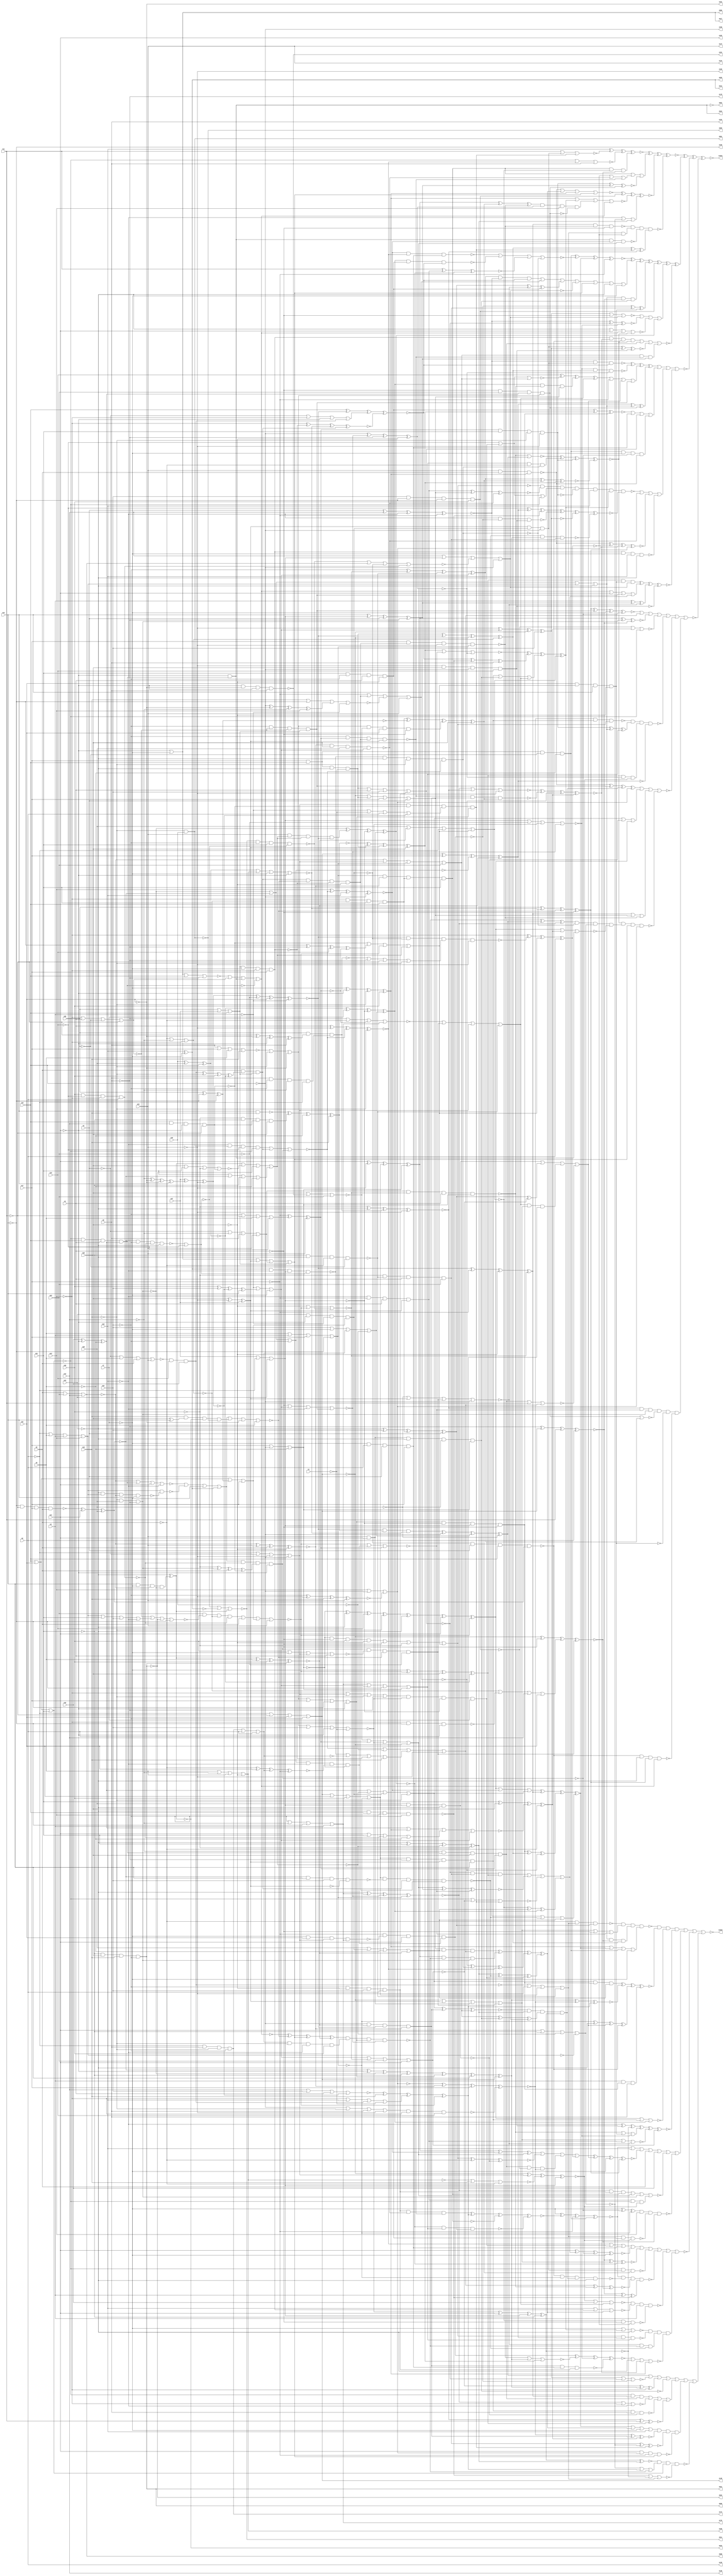
// Benchmark C:\Users\Lucas Nestor\Documents\osu\sp21\esl\circuit_generation\Stats\4_6_generated_stats\Stat_1000_205 written by SynthGen on 2021/04/05 11:08:36
module Stat_1000_205( n1, n2, n3, n4, n5, n6, n7, n8,
 n9, n10, n11, n12, n13, n14, n15, n16,
 n17, n18, n19, n20, n21, n22, n23, n24,
 n25, n26, n27, n28, n29, n30, n31, n32,
 n174, n148, n179, n165, n178, n151, n168, n139,
 n194, n150, n186, n124, n181, n147, n135, n182,
 n601, n613, n610, n611, n598, n608, n623, n605,
 n621, n602, n620, n606, n617, n622, n1031, n1032);

input n1, n2, n3, n4, n5, n6, n7, n8,
 n9, n10, n11, n12, n13, n14, n15, n16,
 n17, n18, n19, n20, n21, n22, n23, n24,
 n25, n26, n27, n28, n29, n30, n31, n32;

output n174, n148, n179, n165, n178, n151, n168, n139,
 n194, n150, n186, n124, n181, n147, n135, n182,
 n601, n613, n610, n611, n598, n608, n623, n605,
 n621, n602, n620, n606, n617, n622, n1031, n1032;

wire n33, n34, n35, n36, n37, n38, n39, n40,
 n41, n42, n43, n44, n45, n46, n47, n48,
 n49, n50, n51, n52, n53, n54, n55, n56,
 n57, n58, n59, n60, n61, n62, n63, n64,
 n65, n66, n67, n68, n69, n70, n71, n72,
 n73, n74, n75, n76, n77, n78, n79, n80,
 n81, n82, n83, n84, n85, n86, n87, n88,
 n89, n90, n91, n92, n93, n94, n95, n96,
 n97, n98, n99, n100, n101, n102, n103, n104,
 n105, n106, n107, n108, n109, n110, n111, n112,
 n113, n114, n115, n116, n117, n118, n119, n120,
 n121, n122, n123, n125, n126, n127, n128, n129,
 n130, n131, n132, n133, n134, n136, n137, n138,
 n140, n141, n142, n143, n144, n145, n146, n149,
 n152, n153, n154, n155, n156, n157, n158, n159,
 n160, n161, n162, n163, n164, n166, n167, n169,
 n170, n171, n172, n173, n175, n176, n177, n180,
 n183, n184, n185, n187, n188, n189, n190, n191,
 n192, n193, n195, n196, n197, n198, n199, n200,
 n201, n202, n203, n204, n205, n206, n207, n208,
 n209, n210, n211, n212, n213, n214, n215, n216,
 n217, n218, n219, n220, n221, n222, n223, n224,
 n225, n226, n227, n228, n229, n230, n231, n232,
 n233, n234, n235, n236, n237, n238, n239, n240,
 n241, n242, n243, n244, n245, n246, n247, n248,
 n249, n250, n251, n252, n253, n254, n255, n256,
 n257, n258, n259, n260, n261, n262, n263, n264,
 n265, n266, n267, n268, n269, n270, n271, n272,
 n273, n274, n275, n276, n277, n278, n279, n280,
 n281, n282, n283, n284, n285, n286, n287, n288,
 n289, n290, n291, n292, n293, n294, n295, n296,
 n297, n298, n299, n300, n301, n302, n303, n304,
 n305, n306, n307, n308, n309, n310, n311, n312,
 n313, n314, n315, n316, n317, n318, n319, n320,
 n321, n322, n323, n324, n325, n326, n327, n328,
 n329, n330, n331, n332, n333, n334, n335, n336,
 n337, n338, n339, n340, n341, n342, n343, n344,
 n345, n346, n347, n348, n349, n350, n351, n352,
 n353, n354, n355, n356, n357, n358, n359, n360,
 n361, n362, n363, n364, n365, n366, n367, n368,
 n369, n370, n371, n372, n373, n374, n375, n376,
 n377, n378, n379, n380, n381, n382, n383, n384,
 n385, n386, n387, n388, n389, n390, n391, n392,
 n393, n394, n395, n396, n397, n398, n399, n400,
 n401, n402, n403, n404, n405, n406, n407, n408,
 n409, n410, n411, n412, n413, n414, n415, n416,
 n417, n418, n419, n420, n421, n422, n423, n424,
 n425, n426, n427, n428, n429, n430, n431, n432,
 n433, n434, n435, n436, n437, n438, n439, n440,
 n441, n442, n443, n444, n445, n446, n447, n448,
 n449, n450, n451, n452, n453, n454, n455, n456,
 n457, n458, n459, n460, n461, n462, n463, n464,
 n465, n466, n467, n468, n469, n470, n471, n472,
 n473, n474, n475, n476, n477, n478, n479, n480,
 n481, n482, n483, n484, n485, n486, n487, n488,
 n489, n490, n491, n492, n493, n494, n495, n496,
 n497, n498, n499, n500, n501, n502, n503, n504,
 n505, n506, n507, n508, n509, n510, n511, n512,
 n513, n514, n515, n516, n517, n518, n519, n520,
 n521, n522, n523, n524, n525, n526, n527, n528,
 n529, n530, n531, n532, n533, n534, n535, n536,
 n537, n538, n539, n540, n541, n542, n543, n544,
 n545, n546, n547, n548, n549, n550, n551, n552,
 n553, n554, n555, n556, n557, n558, n559, n560,
 n561, n562, n563, n564, n565, n566, n567, n568,
 n569, n570, n571, n572, n573, n574, n575, n576,
 n577, n578, n579, n580, n581, n582, n583, n584,
 n585, n586, n587, n588, n589, n590, n591, n592,
 n593, n594, n595, n596, n597, n599, n600, n603,
 n604, n607, n609, n612, n614, n615, n616, n618,
 n619, n624, n625, n626, n627, n628, n629, n630,
 n631, n632, n633, n634, n635, n636, n637, n638,
 n639, n640, n641, n642, n643, n644, n645, n646,
 n647, n648, n649, n650, n651, n652, n653, n654,
 n655, n656, n657, n658, n659, n660, n661, n662,
 n663, n664, n665, n666, n667, n668, n669, n670,
 n671, n672, n673, n674, n675, n676, n677, n678,
 n679, n680, n681, n682, n683, n684, n685, n686,
 n687, n688, n689, n690, n691, n692, n693, n694,
 n695, n696, n697, n698, n699, n700, n701, n702,
 n703, n704, n705, n706, n707, n708, n709, n710,
 n711, n712, n713, n714, n715, n716, n717, n718,
 n719, n720, n721, n722, n723, n724, n725, n726,
 n727, n728, n729, n730, n731, n732, n733, n734,
 n735, n736, n737, n738, n739, n740, n741, n742,
 n743, n744, n745, n746, n747, n748, n749, n750,
 n751, n752, n753, n754, n755, n756, n757, n758,
 n759, n760, n761, n762, n763, n764, n765, n766,
 n767, n768, n769, n770, n771, n772, n773, n774,
 n775, n776, n777, n778, n779, n780, n781, n782,
 n783, n784, n785, n786, n787, n788, n789, n790,
 n791, n792, n793, n794, n795, n796, n797, n798,
 n799, n800, n801, n802, n803, n804, n805, n806,
 n807, n808, n809, n810, n811, n812, n813, n814,
 n815, n816, n817, n818, n819, n820, n821, n822,
 n823, n824, n825, n826, n827, n828, n829, n830,
 n831, n832, n833, n834, n835, n836, n837, n838,
 n839, n840, n841, n842, n843, n844, n845, n846,
 n847, n848, n849, n850, n851, n852, n853, n854,
 n855, n856, n857, n858, n859, n860, n861, n862,
 n863, n864, n865, n866, n867, n868, n869, n870,
 n871, n872, n873, n874, n875, n876, n877, n878,
 n879, n880, n881, n882, n883, n884, n885, n886,
 n887, n888, n889, n890, n891, n892, n893, n894,
 n895, n896, n897, n898, n899, n900, n901, n902,
 n903, n904, n905, n906, n907, n908, n909, n910,
 n911, n912, n913, n914, n915, n916, n917, n918,
 n919, n920, n921, n922, n923, n924, n925, n926,
 n927, n928, n929, n930, n931, n932, n933, n934,
 n935, n936, n937, n938, n939, n940, n941, n942,
 n943, n944, n945, n946, n947, n948, n949, n950,
 n951, n952, n953, n954, n955, n956, n957, n958,
 n959, n960, n961, n962, n963, n964, n965, n966,
 n967, n968, n969, n970, n971, n972, n973, n974,
 n975, n976, n977, n978, n979, n980, n981, n982,
 n983, n984, n985, n986, n987, n988, n989, n990,
 n991, n992, n993, n994, n995, n996, n997, n998,
 n999, n1000, n1001, n1002, n1003, n1004, n1005, n1006,
 n1007, n1008, n1009, n1010, n1011, n1012, n1013, n1014,
 n1015, n1016, n1017, n1018, n1019, n1020, n1021, n1022,
 n1023, n1024, n1025, n1026, n1027, n1028, n1029, n1030;

not  g0 (n87, n14);
buf  g1 (n68, n17);
not  g2 (n103, n14);
not  g3 (n62, n2);
not  g4 (n56, n21);
not  g5 (n34, n20);
buf  g6 (n49, n9);
not  g7 (n53, n20);
not  g8 (n72, n18);
not  g9 (n117, n16);
not  g10 (n40, n6);
buf  g11 (n79, n19);
not  g12 (n71, n21);
not  g13 (n108, n13);
buf  g14 (n69, n9);
buf  g15 (n102, n6);
buf  g16 (n74, n5);
buf  g17 (n38, n8);
buf  g18 (n80, n10);
buf  g19 (n43, n15);
buf  g20 (n41, n13);
buf  g21 (n110, n22);
buf  g22 (n46, n23);
buf  g23 (n115, n11);
not  g24 (n113, n4);
not  g25 (n70, n6);
buf  g26 (n47, n3);
buf  g27 (n109, n4);
not  g28 (n54, n23);
not  g29 (n86, n15);
buf  g30 (n84, n23);
not  g31 (n52, n6);
not  g32 (n101, n7);
not  g33 (n111, n7);
buf  g34 (n104, n21);
not  g35 (n78, n15);
buf  g36 (n100, n17);
not  g37 (n37, n11);
buf  g38 (n67, n8);
buf  g39 (n61, n15);
not  g40 (n94, n17);
not  g41 (n95, n9);
not  g42 (n96, n5);
not  g43 (n57, n12);
not  g44 (n90, n24);
not  g45 (n33, n9);
not  g46 (n58, n13);
buf  g47 (n98, n22);
buf  g48 (n83, n19);
not  g49 (n92, n20);
buf  g50 (n105, n5);
buf  g51 (n35, n10);
not  g52 (n114, n16);
not  g53 (n44, n10);
buf  g54 (n75, n23);
not  g55 (n89, n7);
buf  g56 (n76, n17);
buf  g57 (n106, n12);
not  g58 (n59, n14);
not  g59 (n107, n4);
not  g60 (n55, n11);
buf  g61 (n60, n18);
buf  g62 (n42, n18);
not  g63 (n77, n19);
not  g64 (n88, n1);
buf  g65 (n39, n21);
not  g66 (n66, n12);
not  g67 (n64, n14);
not  g68 (n48, n22);
not  g69 (n91, n11);
buf  g70 (n45, n4);
buf  g71 (n51, n8);
not  g72 (n85, n24);
not  g73 (n93, n8);
buf  g74 (n63, n13);
not  g75 (n116, n10);
not  g76 (n81, n16);
not  g77 (n73, n19);
not  g78 (n112, n20);
not  g79 (n65, n22);
buf  g80 (n36, n5);
buf  g81 (n97, n7);
buf  g82 (n82, n12);
buf  g83 (n99, n16);
not  g84 (n50, n18);
not  g85 (n168, n63);
not  g86 (n165, n75);
buf  g87 (n150, n73);
buf  g88 (n123, n72);
not  g89 (n185, n56);
buf  g90 (n162, n48);
buf  g91 (n158, n56);
buf  g92 (n147, n46);
not  g93 (n166, n53);
buf  g94 (n181, n56);
not  g95 (n132, n65);
not  g96 (n159, n68);
buf  g97 (n167, n54);
not  g98 (n155, n41);
buf  g99 (n153, n59);
not  g100 (n136, n75);
not  g101 (n143, n52);
not  g102 (n175, n63);
not  g103 (n188, n53);
buf  g104 (n193, n63);
not  g105 (n157, n74);
buf  g106 (n196, n62);
buf  g107 (n137, n53);
buf  g108 (n124, n75);
not  g109 (n141, n64);
not  g110 (n135, n70);
buf  g111 (n133, n61);
not  g112 (n118, n55);
not  g113 (n179, n67);
buf  g114 (n160, n68);
buf  g115 (n119, n42);
buf  g116 (n184, n50);
buf  g117 (n134, n74);
buf  g118 (n126, n35);
buf  g119 (n120, n53);
not  g120 (n163, n61);
not  g121 (n170, n77);
buf  g122 (n194, n67);
not  g123 (n145, n70);
not  g124 (n177, n45);
not  g125 (n142, n46);
buf  g126 (n169, n57);
not  g127 (n139, n57);
buf  g128 (n171, n50);
buf  g129 (n195, n36);
not  g130 (n154, n49);
buf  g131 (n122, n50);
buf  g132 (n149, n52);
not  g133 (n173, n61);
buf  g134 (n144, n76);
not  g135 (n176, n64);
buf  g136 (n183, n47);
buf  g137 (n131, n59);
buf  g138 (n191, n72);
not  g139 (n182, n59);
buf  g140 (n121, n60);
buf  g141 (n125, n50);
not  g142 (n129, n60);
buf  g143 (n128, n58);
nand g144 (n192, n58, n55, n76, n74);
nor  g145 (n146, n40, n62, n54, n77);
or   g146 (n127, n73, n72, n51, n54);
and  g147 (n172, n51, n65, n57, n70);
nor  g148 (n164, n62, n66, n67, n46);
or   g149 (n180, n65, n37, n69, n44);
and  g150 (n174, n70, n51, n72, n65);
nor  g151 (n189, n62, n49, n74, n46);
or   g152 (n156, n68, n68, n73, n33);
or   g153 (n148, n52, n55, n39, n48);
nand g154 (n151, n59, n71, n64, n38);
nor  g155 (n152, n49, n47, n76, n58);
xor  g156 (n161, n73, n71, n66, n43);
xnor g157 (n190, n48, n54, n60, n75);
or   g158 (n178, n48, n66, n58, n47);
nor  g159 (n187, n67, n76, n69, n60);
xor  g160 (n130, n57, n71, n56, n63);
or   g161 (n186, n49, n66, n69, n34);
nor  g162 (n138, n52, n69, n47, n61);
xor  g163 (n140, n55, n71, n64, n51);
not  g164 (n217, n162);
buf  g165 (n212, n28);
not  g166 (n221, n29);
buf  g167 (n199, n79);
not  g168 (n252, n158);
buf  g169 (n232, n25);
not  g170 (n234, n194);
buf  g171 (n229, n79);
not  g172 (n250, n177);
not  g173 (n254, n129);
not  g174 (n211, n182);
buf  g175 (n264, n178);
not  g176 (n244, n146);
buf  g177 (n240, n30);
buf  g178 (n262, n148);
not  g179 (n245, n77);
not  g180 (n243, n183);
not  g181 (n201, n153);
buf  g182 (n270, n125);
buf  g183 (n225, n144);
not  g184 (n215, n124);
not  g185 (n213, n136);
buf  g186 (n220, n163);
buf  g187 (n228, n152);
not  g188 (n236, n128);
not  g189 (n266, n195);
buf  g190 (n202, n137);
buf  g191 (n198, n150);
not  g192 (n257, n26);
buf  g193 (n261, n78);
buf  g194 (n248, n196);
not  g195 (n241, n142);
buf  g196 (n223, n30);
buf  g197 (n269, n191);
not  g198 (n230, n31);
not  g199 (n226, n186);
buf  g200 (n246, n30);
not  g201 (n216, n24);
buf  g202 (n203, n161);
buf  g203 (n222, n176);
buf  g204 (n204, n138);
buf  g205 (n206, n31);
buf  g206 (n259, n25);
buf  g207 (n210, n30);
buf  g208 (n209, n78);
not  g209 (n238, n193);
buf  g210 (n251, n132);
not  g211 (n258, n80);
not  g212 (n242, n31);
buf  g213 (n205, n164);
buf  g214 (n208, n160);
not  g215 (n255, n156);
or   g216 (n263, n174, n135, n143);
nor  g217 (n227, n26, n27, n79);
nand g218 (n197, n78, n175, n145);
or   g219 (n267, n187, n184, n181);
nor  g220 (n256, n170, n185, n31);
xnor g221 (n268, n192, n141, n28);
and  g222 (n249, n189, n126, n32);
nand g223 (n200, n127, n78, n80);
xor  g224 (n218, n26, n155, n168);
and  g225 (n207, n171, n29);
xnor g226 (n237, n159, n180, n147);
nor  g227 (n239, n134, n25, n139);
or   g228 (n224, n133, n77, n190);
xnor g229 (n253, n29, n28, n79);
xnor g230 (n260, n27, n130, n165);
nand g231 (n219, n26, n140, n172);
xnor g232 (n233, n166, n167, n27);
nor  g233 (n247, n157, n169, n173);
nand g234 (n235, n123, n28, n179);
xor  g235 (n231, n32, n131, n154);
nor  g236 (n265, n27, n149, n24);
nor  g237 (n214, n188, n151, n25);
not  g238 (n438, n99);
buf  g239 (n393, n253);
not  g240 (n428, n98);
buf  g241 (n374, n242);
not  g242 (n408, n236);
not  g243 (n354, n248);
buf  g244 (n353, n229);
not  g245 (n467, n84);
buf  g246 (n497, n90);
buf  g247 (n361, n234);
buf  g248 (n494, n101);
not  g249 (n462, n199);
not  g250 (n471, n94);
buf  g251 (n477, n222);
not  g252 (n420, n208);
buf  g253 (n454, n234);
not  g254 (n280, n235);
not  g255 (n401, n97);
not  g256 (n434, n86);
buf  g257 (n414, n109);
not  g258 (n271, n227);
buf  g259 (n491, n228);
buf  g260 (n440, n264);
buf  g261 (n368, n250);
buf  g262 (n415, n200);
not  g263 (n444, n242);
not  g264 (n395, n84);
not  g265 (n335, n253);
buf  g266 (n442, n95);
not  g267 (n389, n224);
not  g268 (n383, n229);
buf  g269 (n480, n102);
not  g270 (n476, n233);
buf  g271 (n326, n105);
not  g272 (n288, n81);
buf  g273 (n452, n198);
buf  g274 (n427, n202);
not  g275 (n329, n226);
not  g276 (n364, n82);
not  g277 (n313, n104);
buf  g278 (n423, n241);
not  g279 (n449, n262);
not  g280 (n277, n243);
buf  g281 (n330, n209);
not  g282 (n299, n242);
buf  g283 (n404, n245);
buf  g284 (n490, n99);
not  g285 (n387, n109);
buf  g286 (n338, n213);
not  g287 (n465, n262);
buf  g288 (n334, n241);
buf  g289 (n390, n99);
not  g290 (n314, n251);
not  g291 (n296, n239);
buf  g292 (n429, n231);
buf  g293 (n402, n259);
not  g294 (n397, n248);
not  g295 (n304, n207);
not  g296 (n370, n270);
not  g297 (n424, n106);
buf  g298 (n305, n256);
not  g299 (n486, n110);
not  g300 (n351, n239);
not  g301 (n275, n243);
buf  g302 (n413, n266);
buf  g303 (n483, n265);
not  g304 (n484, n255);
not  g305 (n380, n218);
not  g306 (n410, n101);
buf  g307 (n306, n85);
not  g308 (n436, n232);
not  g309 (n391, n211);
buf  g310 (n367, n230);
not  g311 (n324, n254);
not  g312 (n307, n265);
buf  g313 (n319, n232);
not  g314 (n336, n257);
not  g315 (n388, n219);
buf  g316 (n282, n103);
not  g317 (n355, n263);
not  g318 (n312, n233);
buf  g319 (n430, n264);
not  g320 (n488, n100);
not  g321 (n362, n237);
not  g322 (n448, n233);
buf  g323 (n371, n214);
buf  g324 (n341, n261);
buf  g325 (n495, n90);
buf  g326 (n392, n221);
not  g327 (n381, n258);
buf  g328 (n283, n93);
buf  g329 (n363, n252);
buf  g330 (n350, n241);
not  g331 (n375, n87);
not  g332 (n399, n208);
not  g333 (n287, n206);
buf  g334 (n366, n239);
not  g335 (n333, n260);
not  g336 (n411, n247);
not  g337 (n400, n228);
buf  g338 (n455, n110);
buf  g339 (n479, n244);
not  g340 (n281, n96);
buf  g341 (n446, n94);
not  g342 (n472, n265);
not  g343 (n365, n213);
buf  g344 (n290, n254);
not  g345 (n273, n204);
buf  g346 (n496, n224);
buf  g347 (n426, n106);
buf  g348 (n403, n204);
buf  g349 (n385, n86);
not  g350 (n372, n229);
buf  g351 (n318, n247);
not  g352 (n422, n249);
not  g353 (n456, n230);
buf  g354 (n379, n253);
not  g355 (n396, n102);
not  g356 (n492, n103);
buf  g357 (n487, n109);
buf  g358 (n441, n106);
not  g359 (n316, n205);
not  g360 (n382, n108);
not  g361 (n289, n92);
buf  g362 (n322, n232);
not  g363 (n278, n251);
buf  g364 (n466, n212);
buf  g365 (n356, n100);
not  g366 (n418, n261);
buf  g367 (n344, n97);
not  g368 (n447, n84);
buf  g369 (n272, n268);
not  g370 (n464, n265);
not  g371 (n274, n89);
buf  g372 (n310, n108);
buf  g373 (n470, n270);
buf  g374 (n332, n105);
not  g375 (n433, n223);
buf  g376 (n352, n215);
not  g377 (n419, n89);
buf  g378 (n405, n106);
not  g379 (n317, n227);
buf  g380 (n417, n215);
not  g381 (n302, n235);
not  g382 (n489, n97);
not  g383 (n345, n232);
buf  g384 (n359, n110);
buf  g385 (n386, n259);
buf  g386 (n327, n246);
not  g387 (n321, n95);
buf  g388 (n349, n255);
not  g389 (n279, n86);
not  g390 (n340, n268);
not  g391 (n298, n85);
buf  g392 (n377, n81);
not  g393 (n445, n91);
not  g394 (n308, n217);
not  g395 (n478, n248);
buf  g396 (n421, n235);
buf  g397 (n301, n107);
not  g398 (n431, n230);
not  g399 (n311, n269);
not  g400 (n407, n205);
buf  g401 (n451, n262);
buf  g402 (n343, n105);
buf  g403 (n463, n236);
buf  g404 (n291, n210);
buf  g405 (n346, n231);
not  g406 (n315, n266);
not  g407 (n384, n97);
not  g408 (n457, n212);
buf  g409 (n303, n258);
not  g410 (n460, n240);
not  g411 (n328, n85);
not  g412 (n453, n228);
not  g413 (n450, n92);
buf  g414 (n300, n95);
not  g415 (n323, n94);
buf  g416 (n295, n201);
buf  g417 (n376, n259);
not  g418 (n475, n237);
buf  g419 (n294, n256);
buf  g420 (n468, n216);
buf  g421 (n412, n245);
not  g422 (n276, n108);
buf  g423 (n409, n90);
and  g424 (n459, n84, n222);
nor  g425 (n439, n82, n98, n250, n260);
nand g426 (n432, n268, n236, n251, n233);
nand g427 (n284, n107, n259, n231, n267);
xor  g428 (n378, n255, n85, n80, n269);
nor  g429 (n360, n226, n254, n266);
and  g430 (n493, n100, n245, n257, n95);
and  g431 (n297, n83, n82, n87, n91);
and  g432 (n425, n255, n107, n240, n92);
nand g433 (n285, n98, n108, n238, n223);
nor  g434 (n416, n234, n96, n237, n264);
nor  g435 (n320, n104, n245, n218, n225);
xnor g436 (n481, n239, n241, n105, n92);
xnor g437 (n342, n96, n104, n263, n94);
or   g438 (n293, n261, n250, n257, n91);
or   g439 (n461, n98, n89, n263, n221);
xor  g440 (n325, n249, n269, n246, n253);
and  g441 (n485, n100, n83, n90, n88);
or   g442 (n443, n209, n99, n249, n88);
xor  g443 (n398, n268, n87, n235, n230);
and  g444 (n358, n263, n270, n81, n210);
or   g445 (n339, n219, n93, n91, n270);
or   g446 (n394, n248, n261, n211, n249);
nor  g447 (n406, n254, n238, n203, n243);
or   g448 (n482, n267, n225, n238, n103);
and  g449 (n458, n220, n247, n206, n229);
xor  g450 (n331, n246, n217, n260, n236);
or   g451 (n357, n247, n197, n82, n252);
nand g452 (n369, n101, n252, n244, n264);
and  g453 (n337, n81, n207, n258, n256);
and  g454 (n435, n267, n214, n252, n107);
nor  g455 (n473, n267, n251, n87, n88);
nor  g456 (n347, n240, n101, n244, n109);
or   g457 (n437, n220, n244, n269, n93);
nand g458 (n292, n256, n83, n250, n231);
or   g459 (n373, n243, n88, n102, n260);
nor  g460 (n309, n103, n89, n83, n234);
or   g461 (n474, n262, n104, n240, n228);
nand g462 (n469, n242, n216, n96, n257);
xor  g463 (n348, n238, n93, n80, n237);
and  g464 (n286, n246, n258, n86, n102);
buf  g465 (n527, n275);
not  g466 (n511, n291);
buf  g467 (n528, n285);
not  g468 (n522, n283);
buf  g469 (n512, n300);
not  g470 (n521, n279);
buf  g471 (n506, n293);
buf  g472 (n513, n276);
buf  g473 (n504, n278);
not  g474 (n499, n286);
not  g475 (n516, n296);
buf  g476 (n503, n290);
not  g477 (n523, n284);
not  g478 (n520, n274);
buf  g479 (n517, n271);
not  g480 (n500, n280);
not  g481 (n507, n287);
not  g482 (n501, n298);
buf  g483 (n519, n282);
not  g484 (n518, n277);
not  g485 (n505, n288);
buf  g486 (n515, n289);
buf  g487 (n526, n302);
buf  g488 (n508, n297);
not  g489 (n525, n281);
not  g490 (n498, n292);
buf  g491 (n509, n272);
buf  g492 (n524, n294);
buf  g493 (n502, n273);
not  g494 (n514, n299);
buf  g495 (n529, n301);
buf  g496 (n510, n295);
not  g497 (n566, n501);
not  g498 (n558, n514);
buf  g499 (n559, n506);
buf  g500 (n544, n505);
not  g501 (n569, n499);
buf  g502 (n568, n498);
not  g503 (n563, n508);
not  g504 (n545, n508);
buf  g505 (n553, n511);
not  g506 (n530, n498);
not  g507 (n540, n512);
not  g508 (n531, n506);
not  g509 (n535, n502);
not  g510 (n561, n506);
buf  g511 (n549, n111);
buf  g512 (n552, n499);
buf  g513 (n536, n512);
buf  g514 (n541, n510);
not  g515 (n548, n506);
not  g516 (n550, n511);
buf  g517 (n538, n505);
buf  g518 (n537, n510);
buf  g519 (n560, n503);
not  g520 (n554, n498);
buf  g521 (n567, n503);
not  g522 (n562, n500);
nand g523 (n556, n513, n503);
xor  g524 (n557, n515, n513);
and  g525 (n555, n511, n514, n508, n515);
or   g526 (n534, n515, n507, n511, n508);
or   g527 (n547, n502, n507, n110, n505);
nor  g528 (n533, n500, n509, n502, n501);
nor  g529 (n564, n516, n498, n510, n505);
or   g530 (n546, n507, n509, n514, n512);
or   g531 (n565, n510, n507, n499, n512);
or   g532 (n551, n509, n500, n504);
nand g533 (n539, n501, n502, n516, n513);
nand g534 (n543, n509, n504, n499, n501);
nand g535 (n542, n513, n111, n516, n500);
nand g536 (n532, n514, n515, n503, n504);
not  g537 (n570, n542);
buf  g538 (n578, n532);
buf  g539 (n583, n531);
not  g540 (n575, n535);
not  g541 (n572, n530);
not  g542 (n584, n536);
not  g543 (n574, n541);
not  g544 (n571, n537);
buf  g545 (n573, n543);
not  g546 (n576, n533);
not  g547 (n585, n534);
buf  g548 (n579, n539);
buf  g549 (n581, n545);
buf  g550 (n582, n544);
not  g551 (n580, n540);
not  g552 (n577, n538);
buf  g553 (n587, n304);
buf  g554 (n594, n576);
buf  g555 (n595, n305);
not  g556 (n588, n578);
nor  g557 (n591, n573, n303);
xor  g558 (n589, n306, n570);
and  g559 (n593, n571, n572);
and  g560 (n586, n575, n579);
xnor g561 (n592, n577, n111);
nor  g562 (n590, n574, n111);
not  g563 (n608, n516);
not  g564 (n599, n590);
not  g565 (n613, n592);
not  g566 (n612, n588);
not  g567 (n601, n587);
not  g568 (n606, n590);
buf  g569 (n609, n587);
not  g570 (n617, n590);
buf  g571 (n623, n593);
not  g572 (n596, n591);
not  g573 (n610, n589);
buf  g574 (n598, n588);
buf  g575 (n614, n589);
not  g576 (n615, n586);
buf  g577 (n604, n586);
not  g578 (n616, n591);
not  g579 (n620, n592);
buf  g580 (n619, n589);
not  g581 (n602, n593);
buf  g582 (n618, n587);
buf  g583 (n605, n587);
not  g584 (n622, n588);
buf  g585 (n624, n517);
buf  g586 (n625, n591);
not  g587 (n597, n590);
buf  g588 (n621, n588);
buf  g589 (n603, n586);
buf  g590 (n607, n586);
buf  g591 (n600, n592);
nor  g592 (n611, n591, n592, n589);
buf  g593 (n631, n313);
buf  g594 (n637, n551);
buf  g595 (n629, n552);
buf  g596 (n636, n563);
or   g597 (n630, n564, n615, n549, n613);
and  g598 (n627, n311, n557, n610, n618);
or   g599 (n632, n619, n585, n622, n546);
xor  g600 (n634, n556, n555, n580, n560);
nand g601 (n638, n620, n582, n307, n616);
xor  g602 (n628, n553, n562, n315, n581);
or   g603 (n635, n617, n312, n316, n317);
and  g604 (n633, n314, n561, n548, n624);
nor  g605 (n626, n583, n547, n612, n310);
xnor g606 (n640, n614, n584, n550, n621);
nor  g607 (n639, n309, n559, n623, n554);
nand g608 (n641, n611, n308, n558, n625);
not  g609 (n644, n631);
buf  g610 (n647, n630);
buf  g611 (n643, n629);
buf  g612 (n650, n628);
buf  g613 (n649, n323);
buf  g614 (n646, n632);
not  g615 (n651, n320);
not  g616 (n642, n322);
and  g617 (n645, n319, n626, n318, n629);
or   g618 (n648, n630, n627, n631, n321);
not  g619 (n661, n648);
buf  g620 (n654, n646);
nor  g621 (n653, n645, n326, n651, n334);
xnor g622 (n656, n333, n642, n644, n518);
and  g623 (n657, n332, n325, n517);
nor  g624 (n655, n335, n329, n520, n519);
nand g625 (n652, n328, n519, n518, n651);
and  g626 (n658, n647, n643, n650, n519);
or   g627 (n660, n518, n518, n331, n520);
xor  g628 (n662, n520, n519, n324, n327);
nand g629 (n659, n517, n520, n330, n649);
buf  g630 (n667, n638);
buf  g631 (n673, n568);
buf  g632 (n702, n633);
not  g633 (n697, n659);
not  g634 (n703, n344);
not  g635 (n688, n566);
not  g636 (n704, n639);
buf  g637 (n666, n113);
buf  g638 (n680, n657);
buf  g639 (n699, n662);
buf  g640 (n692, n656);
buf  g641 (n690, n653);
not  g642 (n681, n654);
not  g643 (n685, n112);
buf  g644 (n686, n112);
buf  g645 (n678, n654);
not  g646 (n689, n652);
not  g647 (n705, n658);
buf  g648 (n693, n660);
buf  g649 (n683, n640);
buf  g650 (n675, n113);
not  g651 (n665, n637);
buf  g652 (n677, n660);
buf  g653 (n701, n635);
not  g654 (n679, n634);
buf  g655 (n663, n636);
and  g656 (n695, n658, n347, n661, n345);
nand g657 (n698, n338, n343, n662);
nor  g658 (n694, n112, n653, n641);
xor  g659 (n669, n639, n661, n635, n640);
or   g660 (n691, n636, n348, n653, n654);
nand g661 (n706, n652, n354, n353, n340);
nand g662 (n676, n656, n652, n339, n352);
nor  g663 (n664, n641, n351, n652, n569);
xnor g664 (n671, n341, n659, n655, n657);
and  g665 (n672, n656, n634, n655);
and  g666 (n682, n637, n114, n342, n349);
nor  g667 (n696, n337, n657, n658);
and  g668 (n670, n350, n654, n632, n656);
or   g669 (n668, n638, n355, n659, n567);
nor  g670 (n674, n346, n662, n565, n660);
xor  g671 (n700, n336, n655, n661, n113);
nor  g672 (n684, n113, n660, n114, n633);
and  g673 (n687, n657, n661, n659, n112);
nor  g674 (n747, n464, n436, n473, n684);
and  g675 (n744, n474, n454, n448, n463);
xnor g676 (n746, n389, n481, n356, n415);
and  g677 (n728, n467, n685, n452, n381);
and  g678 (n709, n453, n481, n458, n444);
and  g679 (n754, n479, n663, n373, n482);
xor  g680 (n712, n486, n694, n469, n693);
and  g681 (n742, n363, n691, n382, n686);
xor  g682 (n768, n688, n455, n458, n478);
nor  g683 (n745, n457, n476, n695, n452);
nand g684 (n753, n481, n685, n466, n693);
and  g685 (n740, n372, n683, n692, n481);
nor  g686 (n785, n446, n687, n406, n423);
or   g687 (n711, n429, n681, n689, n470);
nor  g688 (n765, n485, n487, n455, n365);
and  g689 (n735, n433, n469, n487, n402);
xor  g690 (n770, n439, n370, n443, n690);
xnor g691 (n707, n412, n692, n394, n671);
or   g692 (n763, n366, n479, n453, n386);
xor  g693 (n760, n692, n420, n427, n694);
nand g694 (n714, n688, n404, n418, n486);
and  g695 (n773, n459, n688, n457, n484);
and  g696 (n741, n424, n673, n685, n475);
or   g697 (n776, n422, n395, n474, n469);
or   g698 (n772, n466, n689, n442, n683);
or   g699 (n736, n425, n387, n460, n691);
xor  g700 (n748, n447, n693, n465, n455);
xnor g701 (n771, n397, n441, n377, n446);
and  g702 (n758, n362, n456, n470, n467);
nor  g703 (n780, n693, n694, n376, n477);
or   g704 (n775, n449, n476, n459, n695);
xnor g705 (n731, n385, n676, n691, n480);
xor  g706 (n730, n485, n692, n465, n411);
or   g707 (n749, n465, n485, n471, n478);
xor  g708 (n743, n468, n456, n681, n460);
nand g709 (n764, n407, n694, n487, n484);
xor  g710 (n724, n431, n450, n674, n413);
and  g711 (n729, n438, n446, n368, n448);
xor  g712 (n738, n393, n419, n483, n461);
xor  g713 (n786, n375, n447, n474, n484);
xor  g714 (n727, n401, n690, n450, n379);
nand g715 (n719, n471, n687, n417, n400);
or   g716 (n721, n440, n677, n408, n484);
xnor g717 (n722, n460, n468, n388, n467);
nand g718 (n732, n466, n472, n688);
xnor g719 (n781, n434, n696, n390, n462);
nand g720 (n774, n474, n432, n680, n687);
xnor g721 (n710, n462, n684, n454, n686);
and  g722 (n769, n384, n480, n478, n471);
nor  g723 (n756, n466, n683, n396, n691);
or   g724 (n761, n416, n695, n479, n469);
xnor g725 (n708, n409, n430, n684, n453);
xor  g726 (n767, n398, n482, n463, n451);
xnor g727 (n726, n454, n451, n445, n480);
xnor g728 (n750, n449, n479, n360, n472);
nor  g729 (n762, n477, n374, n681, n403);
or   g730 (n725, n696, n392, n668, n447);
and  g731 (n733, n486, n686, n359, n480);
xor  g732 (n766, n378, n468, n391, n690);
xnor g733 (n720, n421, n670, n483, n459);
or   g734 (n734, n426, n364, n461, n678);
nand g735 (n784, n399, n369, n477, n682);
xor  g736 (n715, n451, n471, n665, n683);
xnor g737 (n752, n465, n666, n357, n695);
and  g738 (n723, n667, n468, n470, n696);
nand g739 (n779, n669, n358, n482, n684);
nor  g740 (n759, n690, n682, n475);
xnor g741 (n777, n414, n467, n696, n470);
xor  g742 (n782, n458, n380, n435, n685);
or   g743 (n718, n371, n475, n473, n449);
xor  g744 (n755, n672, n452, n461, n457);
xor  g745 (n713, n463, n464, n478, n361);
and  g746 (n739, n448, n689, n383);
and  g747 (n737, n456, n428, n487, n686);
xnor g748 (n716, n473, n477, n464, n367);
or   g749 (n751, n405, n464, n664, n462);
and  g750 (n783, n482, n483, n472, n675);
xor  g751 (n717, n679, n476, n485, n450);
and  g752 (n778, n437, n473, n483, n410);
nand g753 (n757, n486, n475, n687, n476);
buf  g754 (n842, n758);
not  g755 (n906, n114);
not  g756 (n797, n723);
not  g757 (n942, n728);
buf  g758 (n795, n747);
buf  g759 (n863, n725);
not  g760 (n798, n785);
not  g761 (n843, n523);
not  g762 (n883, n117);
not  g763 (n933, n715);
not  g764 (n849, n716);
not  g765 (n817, n521);
buf  g766 (n917, n527);
buf  g767 (n877, n769);
buf  g768 (n929, n741);
not  g769 (n836, n731);
not  g770 (n846, n784);
not  g771 (n810, n732);
not  g772 (n901, n720);
not  g773 (n946, n528);
not  g774 (n805, n762);
not  g775 (n879, n521);
not  g776 (n923, n773);
not  g777 (n804, n710);
not  g778 (n918, n595);
not  g779 (n889, n528);
buf  g780 (n848, n760);
buf  g781 (n945, n753);
not  g782 (n893, n525);
not  g783 (n847, n758);
not  g784 (n818, n748);
not  g785 (n807, n723);
buf  g786 (n854, n785);
not  g787 (n834, n756);
buf  g788 (n788, n770);
not  g789 (n868, n765);
not  g790 (n808, n116);
buf  g791 (n799, n761);
not  g792 (n900, n734);
buf  g793 (n855, n724);
buf  g794 (n878, n709);
buf  g795 (n902, n718);
not  g796 (n895, n780);
not  g797 (n794, n751);
buf  g798 (n914, n752);
not  g799 (n845, n736);
not  g800 (n894, n742);
buf  g801 (n857, n743);
not  g802 (n821, n709);
buf  g803 (n884, n755);
buf  g804 (n861, n526);
nor  g805 (n856, n766, n724, n593);
nand g806 (n882, n747, n730, n710);
xnor g807 (n787, n736, n525, n732);
nor  g808 (n947, n766, n744, n738);
nor  g809 (n791, n708, n722, n733);
nor  g810 (n892, n748, n765, n784);
xor  g811 (n824, n779, n755, n708);
xnor g812 (n871, n786, n526, n726);
xor  g813 (n819, n786, n782, n719);
xnor g814 (n922, n716, n734, n743);
nor  g815 (n872, n748, n529, n751);
and  g816 (n812, n712, n771, n707);
and  g817 (n909, n711, n783, n772);
nand g818 (n809, n774, n767, n735);
nor  g819 (n875, n714, n716, n776);
and  g820 (n865, n594, n726, n773);
xnor g821 (n858, n768, n780, n734);
xnor g822 (n935, n725, n764, n752);
xor  g823 (n938, n715, n594, n523);
nand g824 (n862, n760, n719, n529);
and  g825 (n851, n786, n779, n526);
nand g826 (n801, n738, n737, n707);
and  g827 (n860, n763, n757, n713);
nor  g828 (n832, n778, n116, n763);
and  g829 (n925, n729, n524, n750);
xor  g830 (n880, n780, n767, n521);
xnor g831 (n859, n739, n748, n728);
xnor g832 (n790, n718, n713, n759);
or   g833 (n850, n766, n781, n711);
xnor g834 (n939, n735, n762, n754);
or   g835 (n853, n744, n773, n761);
or   g836 (n913, n711, n732, n766);
xnor g837 (n800, n115, n729, n720);
nand g838 (n873, n746, n744, n736);
and  g839 (n911, n708, n733, n709);
and  g840 (n813, n741, n528, n746);
and  g841 (n910, n727, n742, n751);
nor  g842 (n874, n750, n32, n761);
or   g843 (n932, n760, n749, n719);
xor  g844 (n915, n117, n728, n716);
nor  g845 (n830, n764, n755);
nand g846 (n891, n771, n739, n707);
or   g847 (n931, n731, n753, n757);
xnor g848 (n890, n722, n115, n727);
nor  g849 (n886, n115, n739, n754);
and  g850 (n927, n594, n752, n730);
xor  g851 (n803, n743, n774, n778);
xor  g852 (n814, n785, n723, n777);
and  g853 (n820, n721, n525, n723);
or   g854 (n904, n775, n529, n759);
xor  g855 (n796, n763, n773, n751);
and  g856 (n816, n749, n772, n725);
nand g857 (n869, n744, n522, n732);
or   g858 (n907, n117, n762, n743);
xor  g859 (n888, n730, n754, n722);
xor  g860 (n827, n756, n772, n738);
xor  g861 (n792, n786, n781, n718);
xnor g862 (n941, n726, n775, n720);
nor  g863 (n898, n775, n729, n745);
or   g864 (n839, n771, n774, n772);
nand g865 (n815, n720, n721, n768);
xnor g866 (n885, n767, n746, n770);
and  g867 (n934, n595, n760, n741);
nor  g868 (n829, n717, n759, n710);
xor  g869 (n823, n768, n745, n737);
nor  g870 (n926, n528, n724, n524);
nand g871 (n806, n781, n777, n769);
nand g872 (n930, n776, n737, n750);
xor  g873 (n887, n758, n594, n721);
or   g874 (n905, n764, n742, n747);
nor  g875 (n825, n741, n115, n725);
and  g876 (n896, n527, n783, n522);
nor  g877 (n940, n708, n521, n117);
and  g878 (n936, n722, n759, n526);
and  g879 (n833, n761, n775, n770);
nand g880 (n919, n595, n739, n782);
xnor g881 (n944, n758, n713, n523);
nand g882 (n831, n740, n769, n733);
and  g883 (n876, n745, n779, n774);
nand g884 (n864, n756, n529, n731);
xnor g885 (n943, n746, n740, n724);
xor  g886 (n826, n707, n714, n522);
and  g887 (n822, n765, n735, n727);
or   g888 (n881, n777, n778, n769);
and  g889 (n852, n733, n753, n757);
xnor g890 (n921, n771, n765, n747);
xor  g891 (n899, n784, n735, n742);
nor  g892 (n866, n523, n712);
nand g893 (n903, n736, n715, n721);
and  g894 (n924, n776, n731, n734);
xor  g895 (n916, n726, n527, n714);
nand g896 (n912, n525, n776, n768);
and  g897 (n908, n709, n756, n752);
xnor g898 (n867, n737, n717, n783);
xnor g899 (n841, n712, n782, n717);
xor  g900 (n837, n116, n715, n714);
xnor g901 (n838, n729, n749, n753);
nor  g902 (n811, n719, n767, n717);
and  g903 (n793, n738, n764, n749);
xnor g904 (n840, n711, n740, n763);
xor  g905 (n802, n783, n730, n785);
or   g906 (n844, n116, n778, n524);
nand g907 (n789, n114, n784, n728);
nand g908 (n828, n757, n740, n782);
nor  g909 (n835, n595, n780, n754);
nor  g910 (n937, n524, n777, n522);
nand g911 (n928, n593, n781, n718);
or   g912 (n897, n762, n770, n779);
and  g913 (n920, n727, n710, n750);
xor  g914 (n870, n527, n713, n745);
xor  g915 (n953, n808, n832, n793, n799);
or   g916 (n950, n792, n787, n813, n836);
xnor g917 (n960, n830, n820, n842, n841);
xor  g918 (n965, n816, n851, n814, n803);
nor  g919 (n952, n806, n801, n800, n797);
xnor g920 (n956, n837, n789, n818, n809);
or   g921 (n961, n810, n858, n833, n825);
xor  g922 (n964, n850, n848, n802, n839);
xnor g923 (n963, n791, n828, n854, n855);
xnor g924 (n949, n852, n788, n821, n815);
and  g925 (n957, n845, n838, n844, n847);
xnor g926 (n951, n846, n811, n795, n831);
and  g927 (n959, n840, n857, n796, n849);
and  g928 (n955, n819, n804, n817, n843);
or   g929 (n958, n822, n790, n835, n827);
xor  g930 (n962, n829, n826, n853, n834);
and  g931 (n954, n824, n807, n805, n856);
or   g932 (n948, n812, n798, n823, n794);
nor  g933 (n979, n698, n965, n699, n701);
or   g934 (n980, n948, n701, n495, n489);
nor  g935 (n975, n497, n492, n704, n960);
or   g936 (n976, n953, n488, n961, n702);
or   g937 (n972, n699, n964, n493, n494);
xnor g938 (n984, n698, n496, n963, n700);
xor  g939 (n966, n491, n495, n961, n706);
and  g940 (n991, n697, n963, n706, n960);
nand g941 (n978, n706, n495, n700, n704);
xor  g942 (n967, n698, n702, n959, n496);
nor  g943 (n987, n494, n703, n962, n497);
nor  g944 (n992, n699, n962, n955, n704);
xnor g945 (n989, n700, n702, n494, n705);
nand g946 (n970, n957, n490, n962, n956);
nor  g947 (n974, n490, n697, n965);
nand g948 (n983, n706, n491, n959, n497);
xnor g949 (n993, n494, n949, n488, n493);
nor  g950 (n977, n951, n497, n963, n699);
xnor g951 (n985, n493, n952, n964, n488);
nand g952 (n986, n492, n496, n488, n701);
xnor g953 (n988, n950, n961, n489, n700);
or   g954 (n982, n964, n965, n489, n490);
xnor g955 (n969, n492, n958, n705, n703);
nand g956 (n968, n960, n954, n701, n496);
and  g957 (n973, n493, n703, n705, n698);
or   g958 (n981, n704, n492, n702, n958);
nand g959 (n971, n697, n703, n490, n495);
xor  g960 (n990, n489, n705, n491);
nand g961 (n1000, n922, n897, n918, n875);
nand g962 (n1010, n990, n879, n930, n914);
nand g963 (n1003, n873, n887, n920, n933);
or   g964 (n999, n970, n945, n984, n971);
nand g965 (n1017, n862, n924, n928, n888);
or   g966 (n996, n934, n940, n869, n890);
or   g967 (n998, n884, n892, n880, n923);
xnor g968 (n1012, n909, n885, n966, n896);
or   g969 (n1021, n878, n931, n944, n900);
or   g970 (n1005, n993, n906, n988, n893);
xnor g971 (n1008, n883, n886, n937, n908);
nand g972 (n1016, n912, n904, n927, n972);
or   g973 (n1014, n867, n877, n868, n973);
and  g974 (n1022, n982, n943, n939, n986);
nand g975 (n1006, n874, n974, n917, n864);
or   g976 (n1004, n872, n921, n975, n901);
xnor g977 (n1009, n915, n905, n898, n895);
xor  g978 (n1001, n891, n882, n976, n938);
xnor g979 (n1015, n910, n981, n870, n942);
nand g980 (n1013, n993, n983, n935, n916);
and  g981 (n997, n936, n866, n894, n978);
or   g982 (n1007, n989, n863, n871, n926);
and  g983 (n1002, n987, n903, n876, n977);
xor  g984 (n1020, n985, n980, n865, n899);
xnor g985 (n995, n979, n889, n992, n907);
nor  g986 (n1011, n991, n929, n859, n860);
or   g987 (n1019, n881, n969, n941, n919);
nor  g988 (n1018, n967, n913, n932, n968);
nor  g989 (n994, n911, n902, n861, n925);
nor  g990 (n1028, n1019, n1013, n1006, n1002);
nor  g991 (n1026, n1001, n1014, n999, n1015);
or   g992 (n1024, n998, n996, n1022, n1000);
xnor g993 (n1029, n1008, n1021, n995, n1017);
nor  g994 (n1023, n1007, n1003, n1018, n997);
or   g995 (n1027, n1005, n32, n994, n1010);
and  g996 (n1030, n1016, n1012, n947, n1009);
xor  g997 (n1025, n1020, n946, n1004, n1011);
nor  g998 (n1032, n1030, n1027, n1028, n1024);
xnor g999 (n1031, n1029, n1025, n1026, n1023);
endmodule